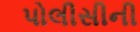
પોલીસીની